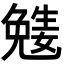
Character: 𡢎